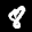
Label: 8